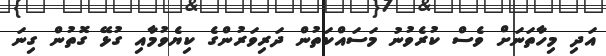
އަދި މިހާތަނަށް ވެސް ކުރެވުނު މަސައްކަތުން ދަރިވަރުންގެ ކިޔެވުމާއި ގުޅޭ ގޮތުން ގިނަ